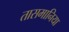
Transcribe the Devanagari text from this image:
तासमानिया